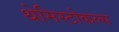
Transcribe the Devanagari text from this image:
थेमिस्टोकल्स